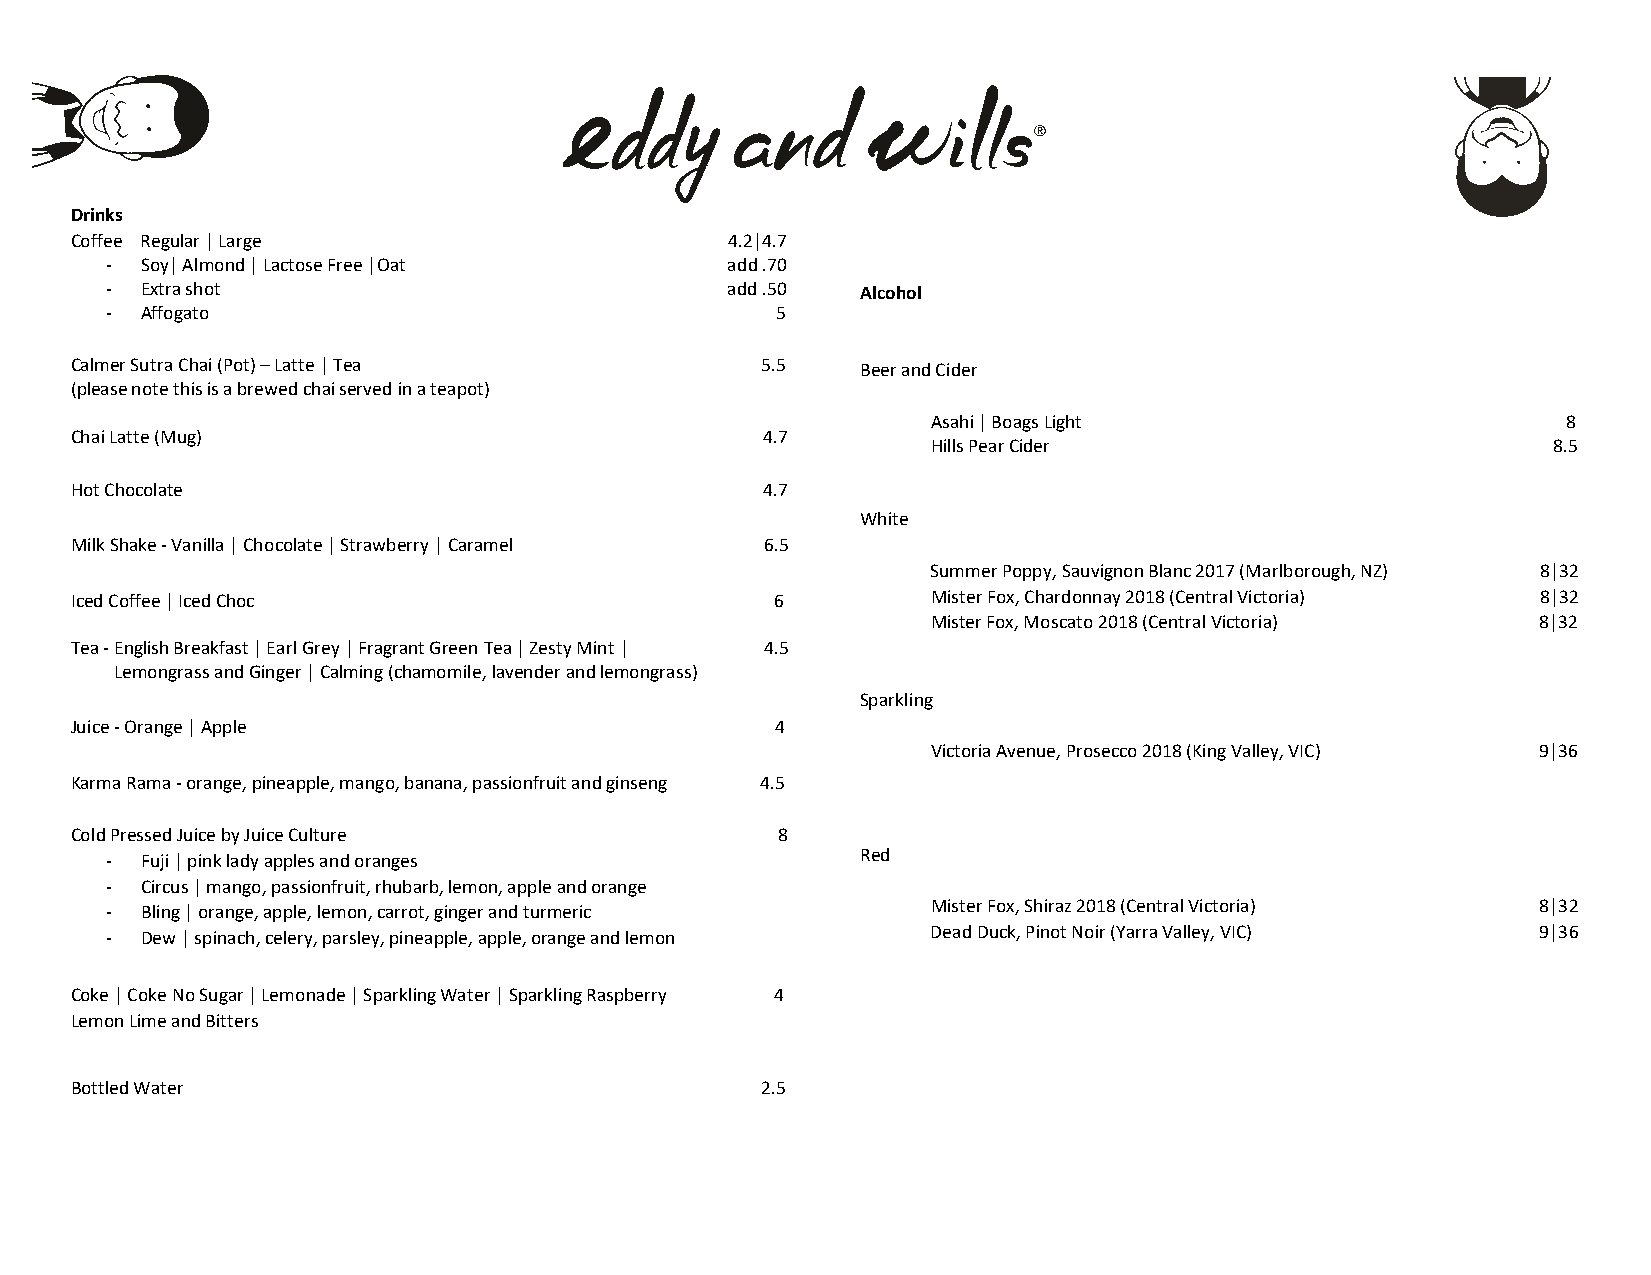
Drinks
 Coffee Regular | Large                     4.2|4.7
 - Soy| Almond | Lactose Free |Oat        add .70
 - Extra shot                             add .50  Alcohol
 - Affogato                                  5
 Calmer Sutra Chai (Pot) – Latte | Tea        5.5    Beer and Cider
 (please note this is a brewed chai served in a teapot)
 Asahi | Boags Light                       8
 Chai Latte (Mug)                              4.7
 Hills Pear Cider                         8.5
 Hot Chocolate                                 4.7
 White
 Milk Shake - Vanilla | Chocolate | Strawberry | Caramel 6.5
 Summer Poppy, Sauvignon Blanc 2017 (Marlborough, NZ) 8|32
 Iced Coffee | Iced Choc                       6          Mister Fox, Chardonnay 2018 (Central Victoria) 8|32
 Mister Fox, Moscato 2018 (Central Victoria) 8|32
 Tea - English Breakfast | Earl Grey | Fragrant Green Tea | Zesty Mint | 4.5
 Lemongrass and Ginger | Calming (chamomile, lavender and lemongrass)
 Sparkling
 Juice - Orange | Apple                        4
 Victoria Avenue, Prosecco 2018 (King Valley, VIC) 9|36
 Karma Rama - orange, pineapple, mango, banana, passionfruit and ginseng 4.5
 Cold Pressed Juice by Juice Culture           8
 - Fuji | pink lady apples and oranges             Red
 - Circus | mango, passionfruit, rhubarb, lemon, apple and orange
 - Bling | orange, apple, lemon, carrot, ginger and turmeric Mister Fox, Shiraz 2018 (Central Victoria) 8|32
 - Dew | spinach, celery, parsley, pineapple, apple, orange and lemon D e a d D u ck, Pinot Noir (Yarra Valley, VIC) 9|36
 Coke | Coke No Sugar | Lemonade | Sparkling Water | Sparkling Raspberry 4
 Lemon Lime and Bitters
 Bottled Water                                2.5